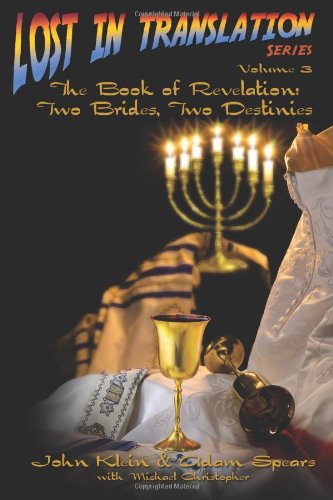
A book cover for Lost in Translation Vol. 3: The Book of Revelation: Two Brides Two Destinies; John Klein; Christian Books & Bibles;